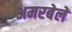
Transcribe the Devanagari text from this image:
अमरबेलें